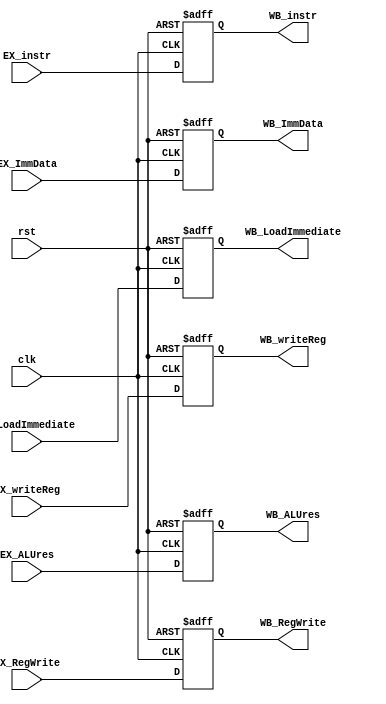
module EX_WB(
	input wire clk, rst,
	input wire [7:0] EX_instr,
	input wire EX_RegWrite, EX_LoadImmediate,
	input wire [7:0] EX_ALUres, EX_ImmData,
	input wire [2:0] EX_writeReg,
	output reg WB_RegWrite, WB_LoadImmediate,
	output reg [7:0] WB_ALUres, WB_ImmData,
	output reg [2:0] WB_writeReg,
	output reg [7:0] WB_instr
    );
	
	always @(posedge clk, negedge rst) begin
		if(!rst) begin
			WB_instr <= 0;
			WB_RegWrite <= 0;
			WB_ALUres <= 0;
			WB_writeReg <= 0;
			WB_LoadImmediate <= 0;
			WB_ImmData <= 0;
		end
		else begin
			WB_instr <= EX_instr;
			WB_RegWrite <= EX_RegWrite;
			WB_ALUres <= EX_ALUres;
			WB_writeReg <= EX_writeReg;
			WB_LoadImmediate <= EX_LoadImmediate;
			WB_ImmData <= EX_ImmData;
		end
	end
endmodule